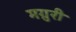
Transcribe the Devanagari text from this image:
मग्रुरी